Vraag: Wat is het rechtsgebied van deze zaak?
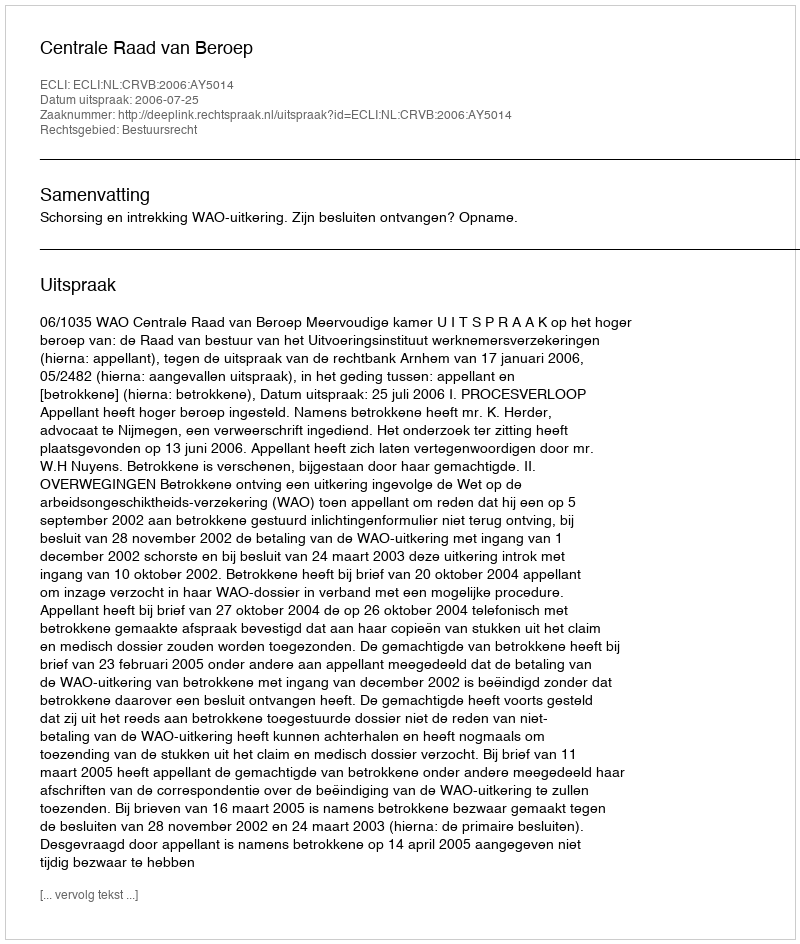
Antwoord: Bestuursrecht